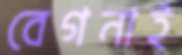
বেগনাই